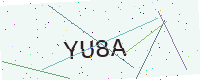
Text: YU8A